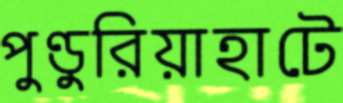
পুণ্ডুরিয়াহাটে